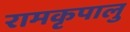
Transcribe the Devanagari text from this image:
रामकृपालु